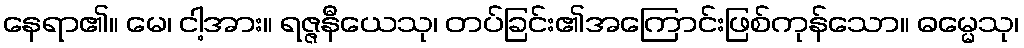
နေရာ၏။ မေ၊ ငါ့အား။ ရဇ္ဇနီယေသု၊ တပ်ခြင်း၏အကြောင်းဖြစ်ကုန်သော။ ဓမ္မေသု၊